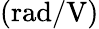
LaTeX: \mathrm{(rad/V)}